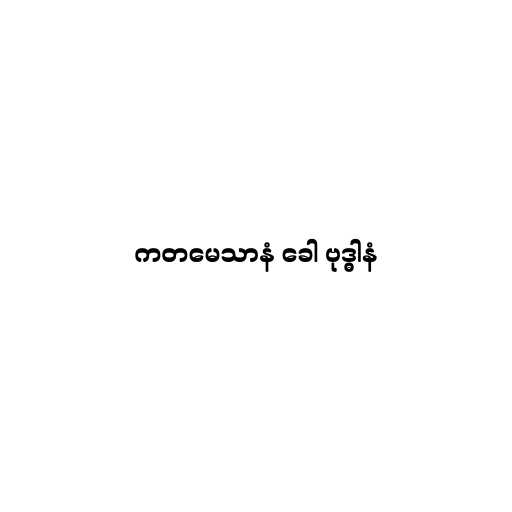
ကတမေသာနံ ခေါ ဗုဒ္ဓါနံ